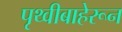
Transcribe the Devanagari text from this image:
पृथ्वीबाहेरून